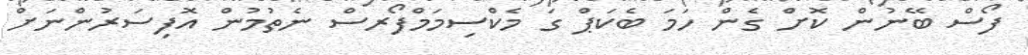
ފޯސް ބޭނުން ކޮށް ގެން ހަމަ ބެކަޕް ގަ މެކްސިމަމްފޯރސް ނެތުމުން އޮފިސަރުންނަށް